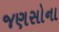
જણસોના